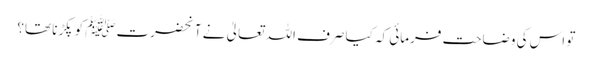
تو اس کی وضاحت فرمائی کہ کیا صرف اللہ تعالیٰ نے آنحضرتﷺ کو پکڑنا تھا؟